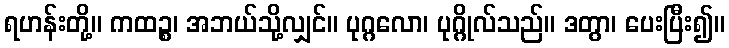
ရဟန်းတို့။ ကထဉ္စ၊ အဘယ်သို့လျှင်။ ပုဂ္ဂလော၊ ပုဂ္ဂိုလ်သည်။ ဒတွာ၊ ပေးပြီး၍။